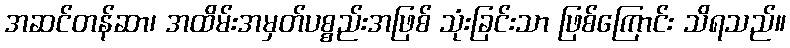
အဆင်တန်ဆာ၊ အထိမ်းအမှတ်ပစ္စည်းအဖြစ် သုံးခြင်းသာ ဖြစ်ကြောင်း သိရသည်။